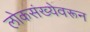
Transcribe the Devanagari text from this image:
लोकसंख्येवरून